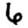
Digit: 6